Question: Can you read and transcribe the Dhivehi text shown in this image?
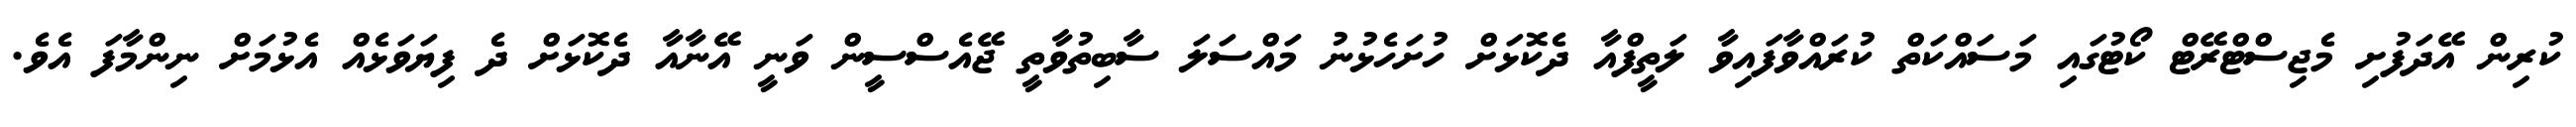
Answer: ކުރިން އޭދަފުށި މެޖިސްޓްރޭޓް ކޯޓުގައި މަސައްކަތް ކުރައްވާފައިވާ ލަތީފްއާ ދެކޮޅަށް ހުށަހެޅުނު މައްސަލަ ސާބިތުވާތީ ޖޭއެސްސީން ވަނީ އޭނާއާ ދެކޮޅަށް ދެ ފިޔަވަޅެއް އެޅުމަށް ނިންމާފަ އެވެ.